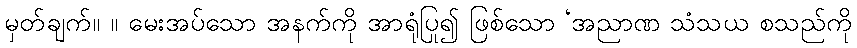
မှတ်ချက်။ ။ မေးအပ်သော အနက်ကို အာရုံပြု၍ ဖြစ်သော ‘အညာဏ သံသယ စသည်ကို